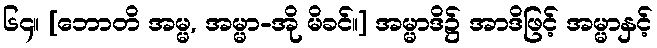
၆၄။ [ဘောတိ အမ္မ, အမ္မာ-အို မိခင်။] အမ္မာဒိ၌ အာဒိဖြင့် အမ္မာနှင့်